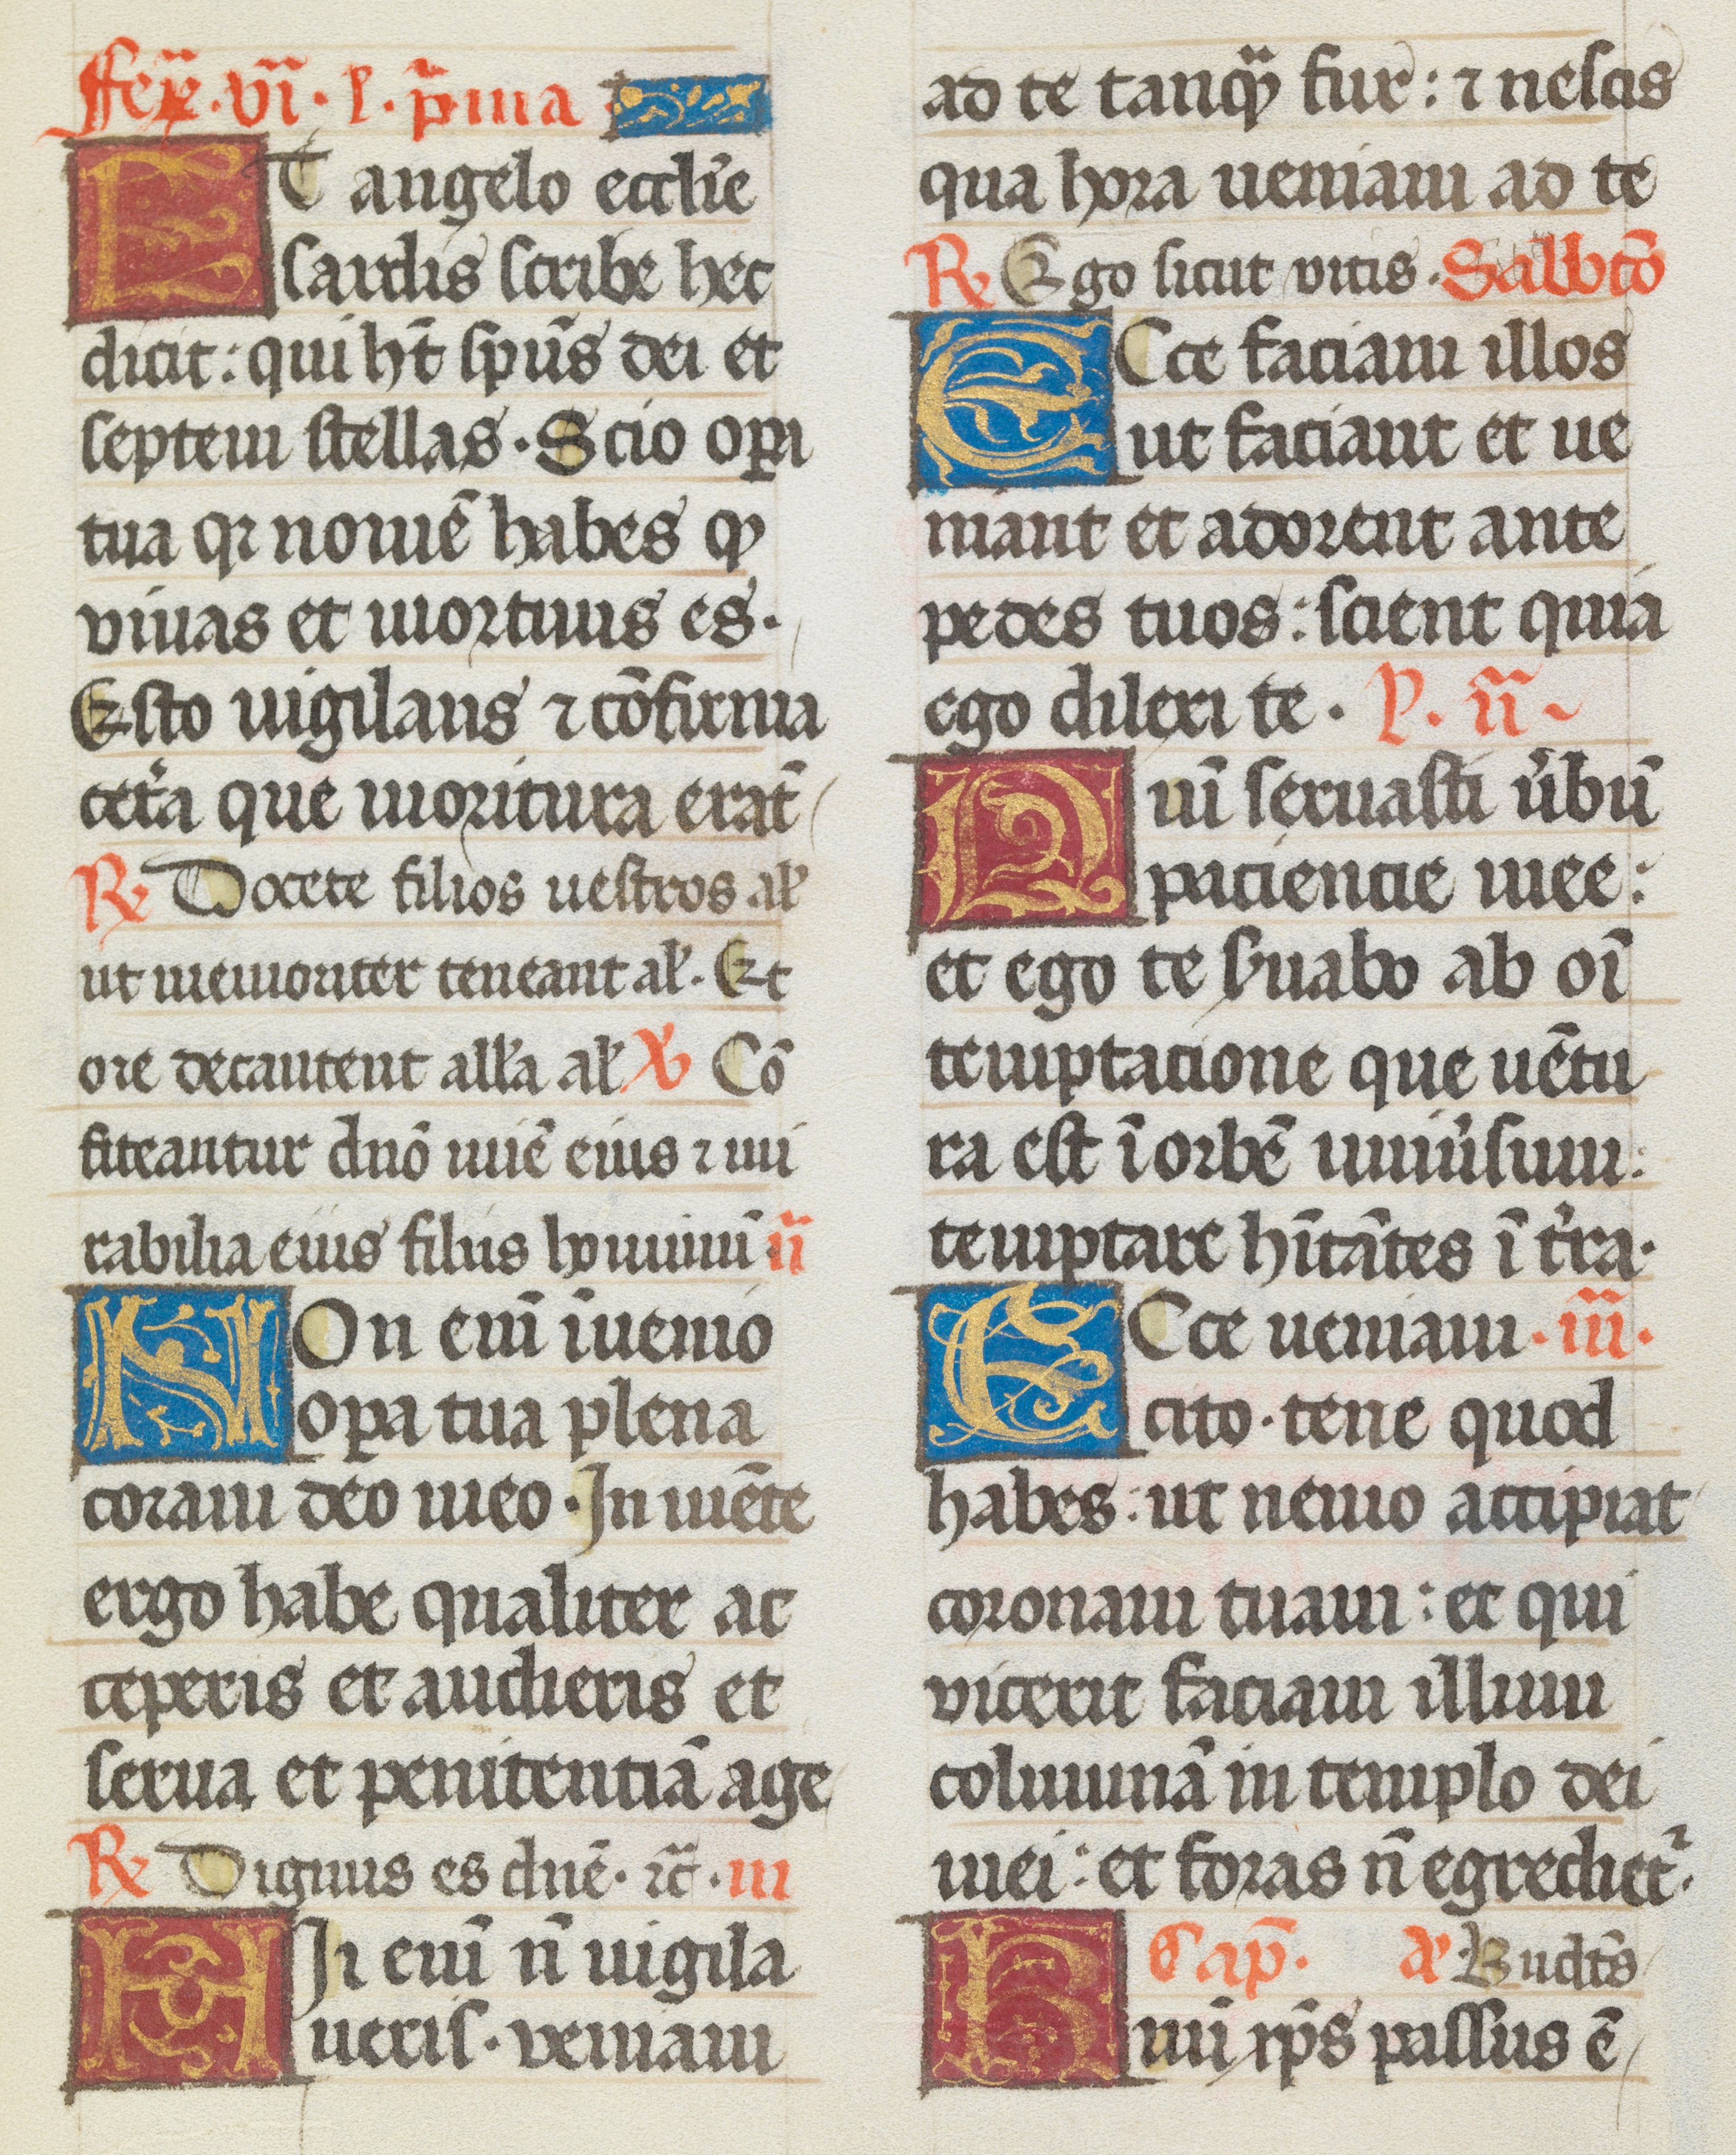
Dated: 1493–1493